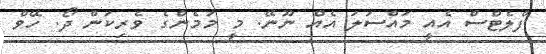
ފްލެޓްސް އެއީ މައްސަލަ އެއް ނޫނޭ. މީ މަމެންގެ ވެރިކަން ދޯ. ހޭވް